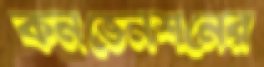
কনভেনশনের